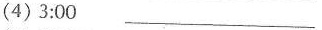
(4)3:00 ___